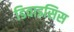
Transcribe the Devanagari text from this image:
डिवाइसिस